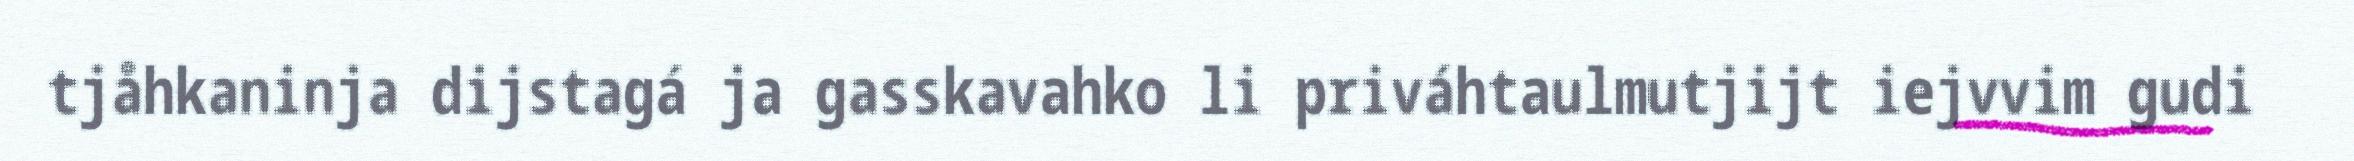
tjåhkaninja dijstagá ja gasskavahko li priváhtaulmutjijt iejvvim gudi